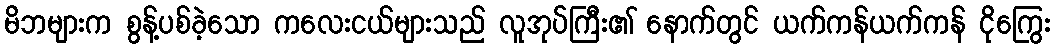
မိဘများက စွန့်ပစ်ခဲ့သော ကလေးငယ်များသည် လူအုပ်ကြီး၏ နောက်တွင် ယက်ကန်ယက်ကန် ငိုကြွေး